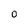
Character: 0